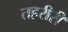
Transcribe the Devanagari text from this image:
तहरीरी